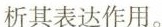
析其表达作用。